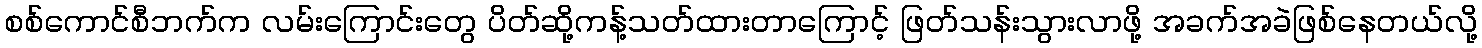
စစ်ကောင်စီဘက်က လမ်းကြောင်းတွေ ပိတ်ဆို့ကန့်သတ်ထားတာကြောင့် ဖြတ်သန်းသွားလာဖို့ အခက်အခဲဖြစ်နေတယ်လို့